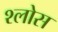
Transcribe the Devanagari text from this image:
श्लोस